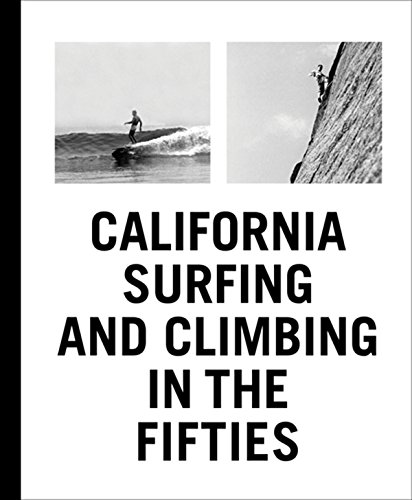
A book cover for California Surfing and Climbing in the Fifties; Yvon Chouinard; Arts & Photography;